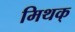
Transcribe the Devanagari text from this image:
मिथक्